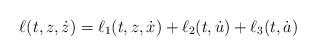
LaTeX: \begin{align*}\ell(t,z,\dot z)=\ell_1(t,z,\dot x)+\ell_2(t,\dot u)+\ell_3(t,\dot a)\end{align*}